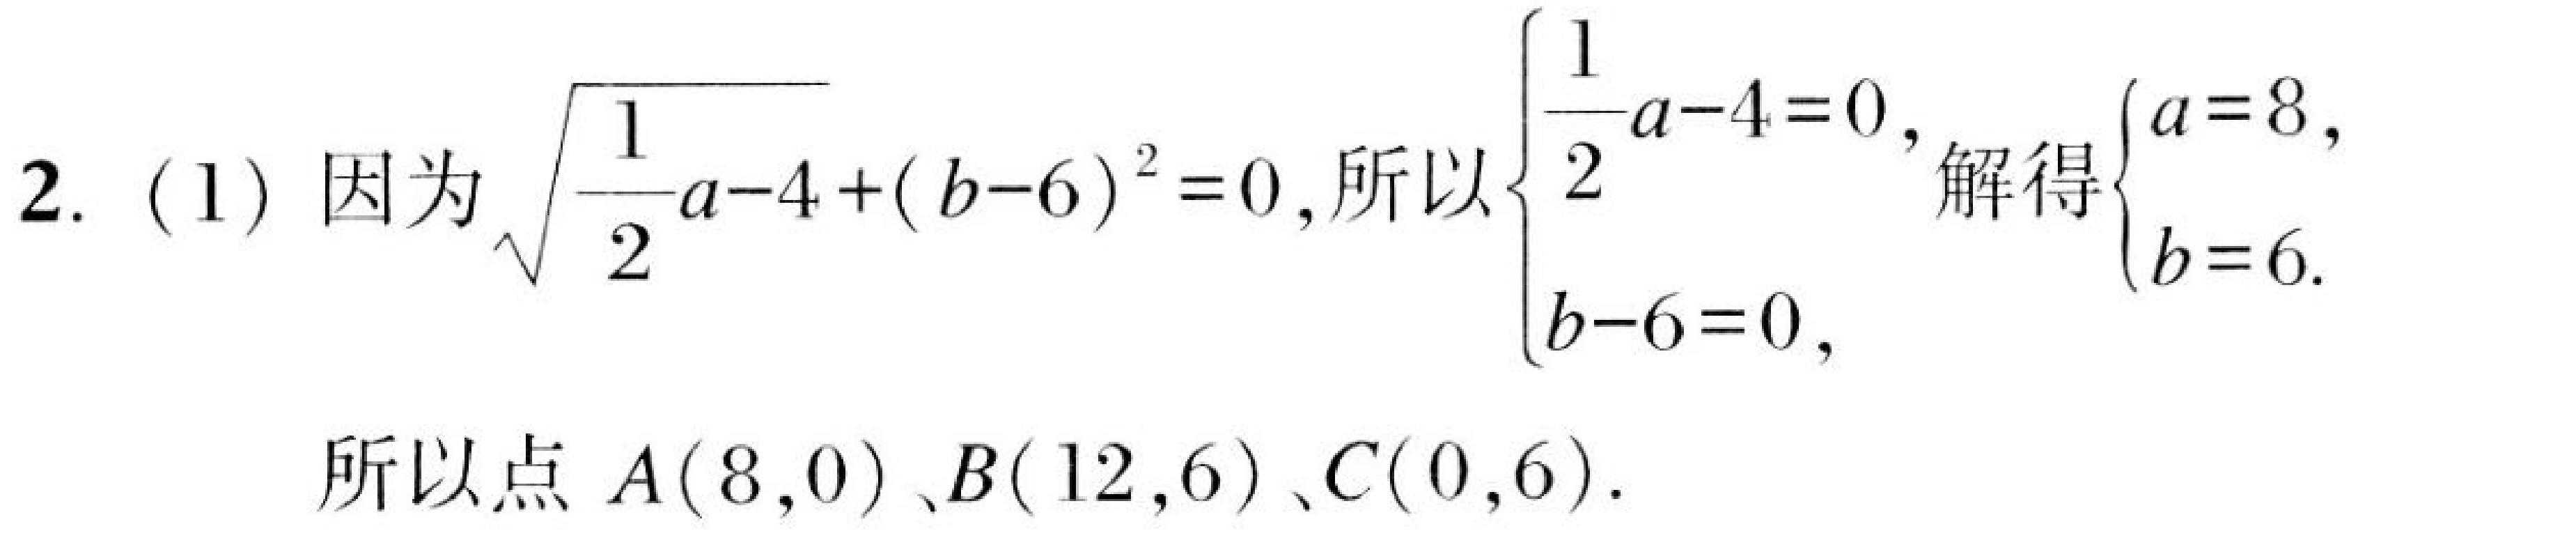
2. (1) 因为$\sqrt{\frac{1}{2}a - 4}+(b - 6)^2 = 0$, 所以$\begin{cases}\frac{1}{2}a - 4 = 0,\\b - 6 = 0,\end{cases}$解得$\begin{cases}a = 8,\\b = 6.\end{cases}$

所以点$A(8,0)$、$B(12,6)$、$C(0,6)$.